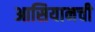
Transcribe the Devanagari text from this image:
आसियानची